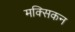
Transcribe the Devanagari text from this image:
मक्सिकन